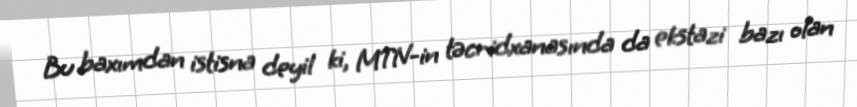
Bu baxımdan istisna deyil ki, MTN-in təcridxanasında da ekstazi bazı olan